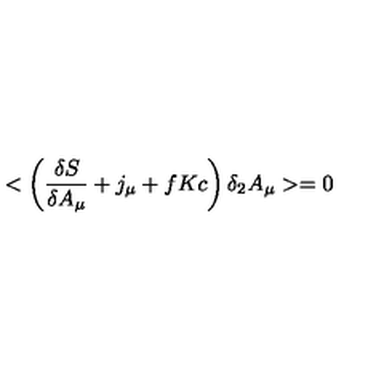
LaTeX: < \left( \frac { \delta S } { \delta A _ { \mu } } + j _ { \mu } + f K c \right) \delta _ { 2 } A _ { \mu } > = 0